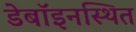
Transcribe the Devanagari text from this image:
डेबॉइनस्थित